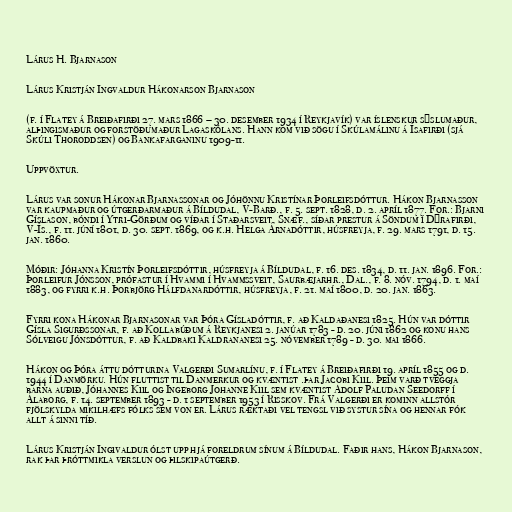
Lárus H. Bjarnason

Lárus Kristján Ingvaldur Hákonarson Bjarnason

(f. í Flatey á Breiðafirði 27. mars 1866 – 30. desember 1934 í Reykjavík) var íslenskur sýslumaður,
alþingismaður og forstöðumaður Lagaskólans. Hann kom við sögu í Skúlamálinu á Ísafirði (sjá
Skúli Thoroddsen) og Bankafarganinu 1909-11.

Uppvöxtur.

Lárus var sonur Hákonar Bjarnassonar og Jóhönnu Kristínar Þorleifsdóttur. Hákon Bjarnasson
var kaupmaður og útgerðarmaður á Bíldudal, V-Barð., f. 5. sept. 1828, d. 2. apríl 1877. For.: Bjarni
Gíslason, bóndi í Ytri-Görðum og víðar í Staðarsveit, Snæf., síðar prestur á Söndum í Dýrafirði,
V-Ís., f. 11. júní 1801, d. 30. sept. 1869, og k.h. Helga Árnadóttir, húsfreyja, f. 29. mars 1791, d. 15.
jan. 1860.

Móðir: Jóhanna Kristín Þorleifsdóttir, húsfreyja á Bíldudal, f. 16. des. 1834, d. 11. jan. 1896. For.:
Þorleifur Jónsson, prófastur í Hvammi í Hvammssveit, Saurbæjarhr., Dal., f. 8. nóv. 1794, d. 1. maí
1883, og fyrri k.h. Þorbjörg Hálfdanardóttir, húsfreyja, f. 21. maí 1800, d. 20. jan. 1863.

Fyrri kona Hákonar Bjarnasonar var Þóra Gísladóttir, f. að Kaldaðanesi 1825. Hún var dóttir
Gísla Sigurðssonar, f. að Kollabúðum á Reykjanesi 2. janúar 1783 - d. 20. júni 1862 og konu hans
Sólveigu Jónsdóttur, f. að Kaldbaki Kaldrananesi 25. nóvember 1789 - d. 30. mai 1866.

Hákon og Þóra áttu dótturina Valgerði Sumarlínu, f. í Flatey á Breiðafirði 19. apríl 1855 og d.
1944 í Danmörku. Hún fluttist til Danmerkur og kvæntist .þar Jacobi Kiil. Þeim varð tveggja
barna auðið, Jóhannes Kiil og Ingeborg Johanne Kiil sem kvæntist Adolf Paludan Seedorff í
Álaborg, f. 14. september 1893 - d. 1 september 1953 í Risskov. Frá Valgerði er kominn allstór
fjölskylda mikilhæfs fólks sem von er. Lárus ræktaði vel tengsl við systur sína og hennar fók
allt á sinni tíð.

Lárus Kristján Ingivaldur ólst upp hjá foreldrum sínum á Bíldudal. Faðir hans, Hákon Bjarnason,
rak þar þróttmikla verslun og þilskipaútgerð.